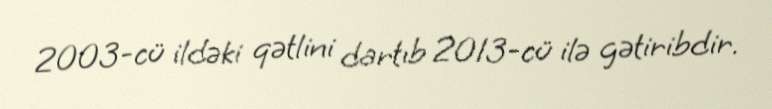
2003-cü ildəki qətlini dartıb 2013-cü ilə gətiribdir.